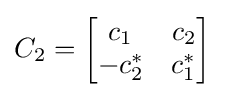
C_{2}={\begin{bmatrix}c_{1}&c_{2}\\-c_{2}^{*}&c_{1}^{*}\end{bmatrix}}